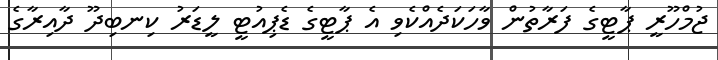
ޖުމްހޫރީ ޕާޓީގެ ފަރާތުން ވާހަކަދެއްކެވި އެ ޕާޓީގެ ޑެޕިއުޓީ ލީޑަރު ކިނބިދޫ ދާއިރާގެ